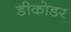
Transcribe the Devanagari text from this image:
डीकोडर